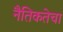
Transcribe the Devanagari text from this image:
नैतिकतेचा